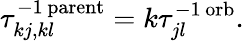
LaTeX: \tau_{kj,kl}^{-1\, \mathrm{parent}}=k\tau_{jl}^{-1\, \mathrm{orb}}.